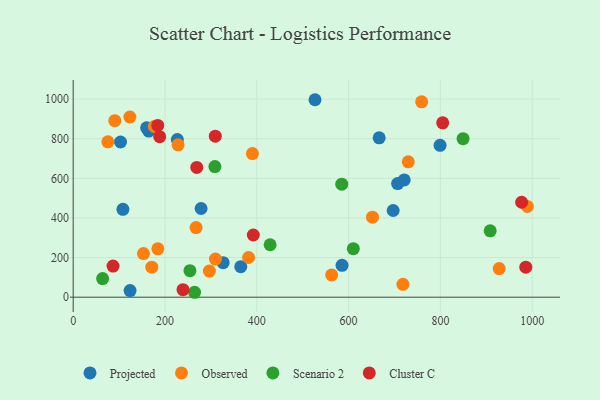
{"axis": {"x": "Distance", "y": "Salary"}, "legend": ["Cluster C", "Observed", "Projected", "Scenario 2"], "data": [{"x": "108.3", "y": 443.5, "type": "Projected"}, {"x": "123.9", "y": 33.4, "type": "Projected"}, {"x": "706.8", "y": 573.4, "type": "Projected"}, {"x": "799.3", "y": 766.7, "type": "Projected"}, {"x": "326.7", "y": 174.2, "type": "Projected"}, {"x": "721.2", "y": 592.0, "type": "Projected"}, {"x": "585.7", "y": 161.0, "type": "Projected"}, {"x": "666.6", "y": 804.3, "type": "Projected"}, {"x": "164.5", "y": 838.4, "type": "Projected"}, {"x": "160.0", "y": 855.0, "type": "Projected"}, {"x": "103.1", "y": 783.4, "type": "Projected"}, {"x": "278.6", "y": 447.7, "type": "Projected"}, {"x": "365.1", "y": 154.0, "type": "Projected"}, {"x": "526.8", "y": 996.8, "type": "Projected"}, {"x": "226.9", "y": 795.9, "type": "Projected"}, {"x": "697.1", "y": 437.7, "type": "Projected"}, {"x": "759.2", "y": 986.2, "type": "Observed"}, {"x": "184.4", "y": 243.9, "type": "Observed"}, {"x": "171.3", "y": 151.7, "type": "Observed"}, {"x": "153.1", "y": 220.0, "type": "Observed"}, {"x": "296.7", "y": 131.7, "type": "Observed"}, {"x": "390.5", "y": 725.2, "type": "Observed"}, {"x": "309.9", "y": 192.5, "type": "Observed"}, {"x": "90.6", "y": 891.0, "type": "Observed"}, {"x": "123.5", "y": 909.6, "type": "Observed"}, {"x": "75.5", "y": 784.4, "type": "Observed"}, {"x": "718.4", "y": 64.8, "type": "Observed"}, {"x": "989.5", "y": 458.2, "type": "Observed"}, {"x": "928.1", "y": 144.5, "type": "Observed"}, {"x": "228.5", "y": 769.2, "type": "Observed"}, {"x": "267.7", "y": 351.4, "type": "Observed"}, {"x": "652.1", "y": 403.7, "type": "Observed"}, {"x": "563.1", "y": 112.4, "type": "Observed"}, {"x": "382.1", "y": 200.4, "type": "Observed"}, {"x": "730.0", "y": 683.5, "type": "Observed"}, {"x": "176.8", "y": 862.1, "type": "Observed"}, {"x": "264.4", "y": 24.8, "type": "Scenario 2"}, {"x": "585.1", "y": 570.6, "type": "Scenario 2"}, {"x": "429.0", "y": 264.7, "type": "Scenario 2"}, {"x": "849.4", "y": 800.1, "type": "Scenario 2"}, {"x": "64.1", "y": 93.9, "type": "Scenario 2"}, {"x": "308.7", "y": 659.5, "type": "Scenario 2"}, {"x": "254.3", "y": 133.8, "type": "Scenario 2"}, {"x": "610.3", "y": 244.7, "type": "Scenario 2"}, {"x": "908.5", "y": 335.2, "type": "Scenario 2"}, {"x": "239.2", "y": 37.7, "type": "Cluster C"}, {"x": "805.0", "y": 880.3, "type": "Cluster C"}, {"x": "977.0", "y": 479.2, "type": "Cluster C"}, {"x": "392.4", "y": 313.9, "type": "Cluster C"}, {"x": "309.6", "y": 812.7, "type": "Cluster C"}, {"x": "188.4", "y": 810.2, "type": "Cluster C"}, {"x": "986.1", "y": 151.6, "type": "Cluster C"}, {"x": "184.2", "y": 867.3, "type": "Cluster C"}, {"x": "86.8", "y": 157.1, "type": "Cluster C"}, {"x": "269.2", "y": 655.3, "type": "Cluster C"}]}